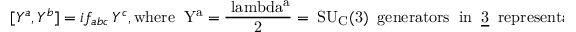
[ Y ^ { a } , Y ^ { b } ] = i f _ { a b c } \, Y ^ { c } , \mathrm { w h e r e \; \; \mit Y ^ { a } = \frac { \ l a m b d a ^ { a } } { 2 } = \; \mit S U _ { C } ( \mathrm { 3 ) \; \; \mathrm { g e n e r a t o r s \; \; i n \; \; \underline { { { 3 } } } \; \; r e p r e s e n t a t i o n } } }